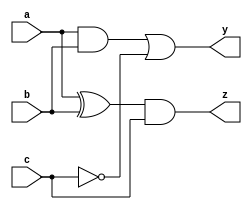
module combinational_circuit (
    input wire a,
    input wire b,
    input wire c,
    output reg y,
    output reg z
);

// Task definition
task compute_output;
    input wire a;
    input wire b;
    input wire c;
    begin
        // Combinational logic using blocking assignments
        y = (a & b) | (~c);
        z = (a ^ b) & c;
    end
endtask

// Always block triggered by all input signals
always @ (a or b or c) begin
    // Initialize outputs
    y = 1'b0; // Optional initialization
    z = 1'b0; // Optional initialization

    // Call the task to compute outputs
    compute_output(a, b, c);
end

endmodule